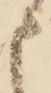
申